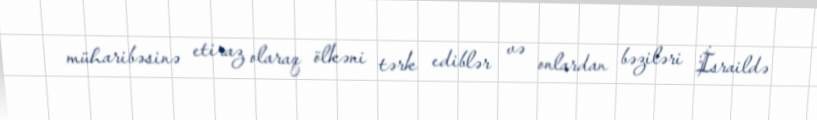
müharibəsinə etiraz olaraq ölkəni tərk ediblər və onlardan bəziləri İsraildə